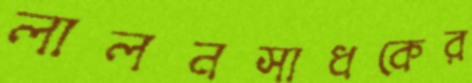
লালনসাধকের